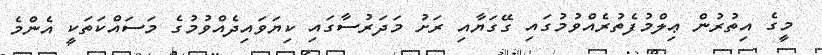
މީގެ އިތުރުން ޢިލްމުފެތުރެއްވުމުގައި ގޭގަޔާއި ރަށު މަދަރުސާގައި ކިޔަވައިދެއްވުމުގެ މަސައްކަތަކީ އެންމެ